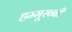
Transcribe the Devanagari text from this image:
हम्मूरब्बी